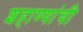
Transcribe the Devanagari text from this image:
शहाण्यांची